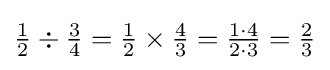
{\tfrac {1}{2}}\div {\tfrac {3}{4}}={\tfrac {1}{2}}\times {\tfrac {4}{3}}={\tfrac {1\cdot 4}{2\cdot 3}}={\tfrac {2}{3}}